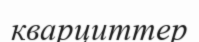
кварциттер